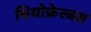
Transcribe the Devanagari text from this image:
थियोफ्रेस्त्रस